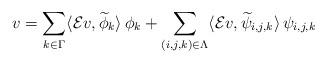
LaTeX: \begin{align*}v= \sum_{k\in\Gamma}\langle \mathcal{E}v,\widetilde{\phi}_k\rangle\,\phi_k+ \sum_{(i,j,k)\in \Lambda}\langle \mathcal{E}v,\widetilde{\psi}_{i,j,k}\rangle\,\psi_{i,j,k} \end{align*}